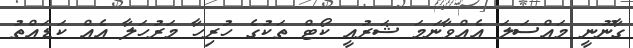
ގާނޫނީ މައްސަލަ އެއްވާނަމަ ޝަރުއީ ކޯޓް ތަކުގެ ހުރިހާ މަރުހަލާ އެއް ކަޑައްތު